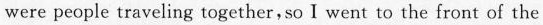
were people traveling together,so I went to the front of the